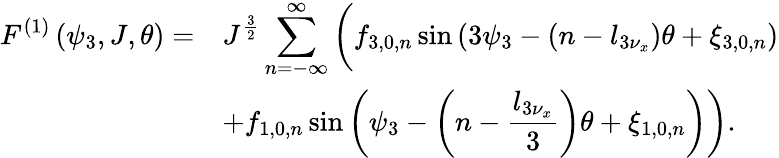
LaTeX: \begin{array}{cl}{\displaystyle F^{\left(1\right)}\left(\psi_{3},J,\theta\right)=}&{\displaystyle J^{\frac{3}{2}}\sum_{n=-\infty}^{\infty}{\biggl(f_{3,0,n}\sin\left(3\psi_{3}-\left(n-l_{3\nu_{x}}\right)\theta+\xi_{3,0,n}\right)}}\\ &{\displaystyle+f_{1,0,n}\sin\left(\psi_{3}-\left(n-\frac{l_{3\nu_{x}}}{3}\right)\theta+\xi_{1,0,n}\right)\biggr).}\end{array}